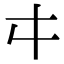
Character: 㐄